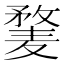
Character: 𱋥